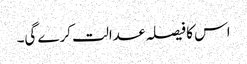
اس کا فیصلہ عدالت کرے گی۔